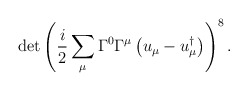
\begin{align*}\det\left(\frac{i}{2} \sum_\mu \Gamma^0\Gamma^\mu \left(u_\mu-u_\mu^\dagger\right)\right)^{ 8} .\end{align*}